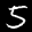
Label: 5